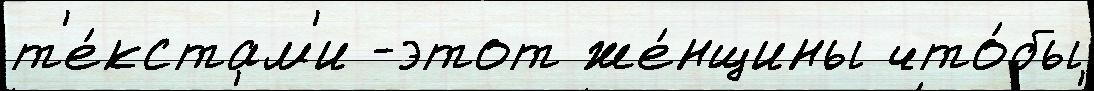
т'е́кстам'и -этот же́нщины что́бы